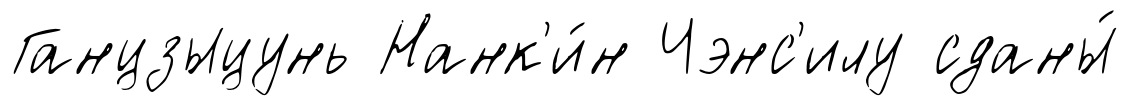
Ганцзыцунь Нанк'и́н Чэнс'илу сданы́